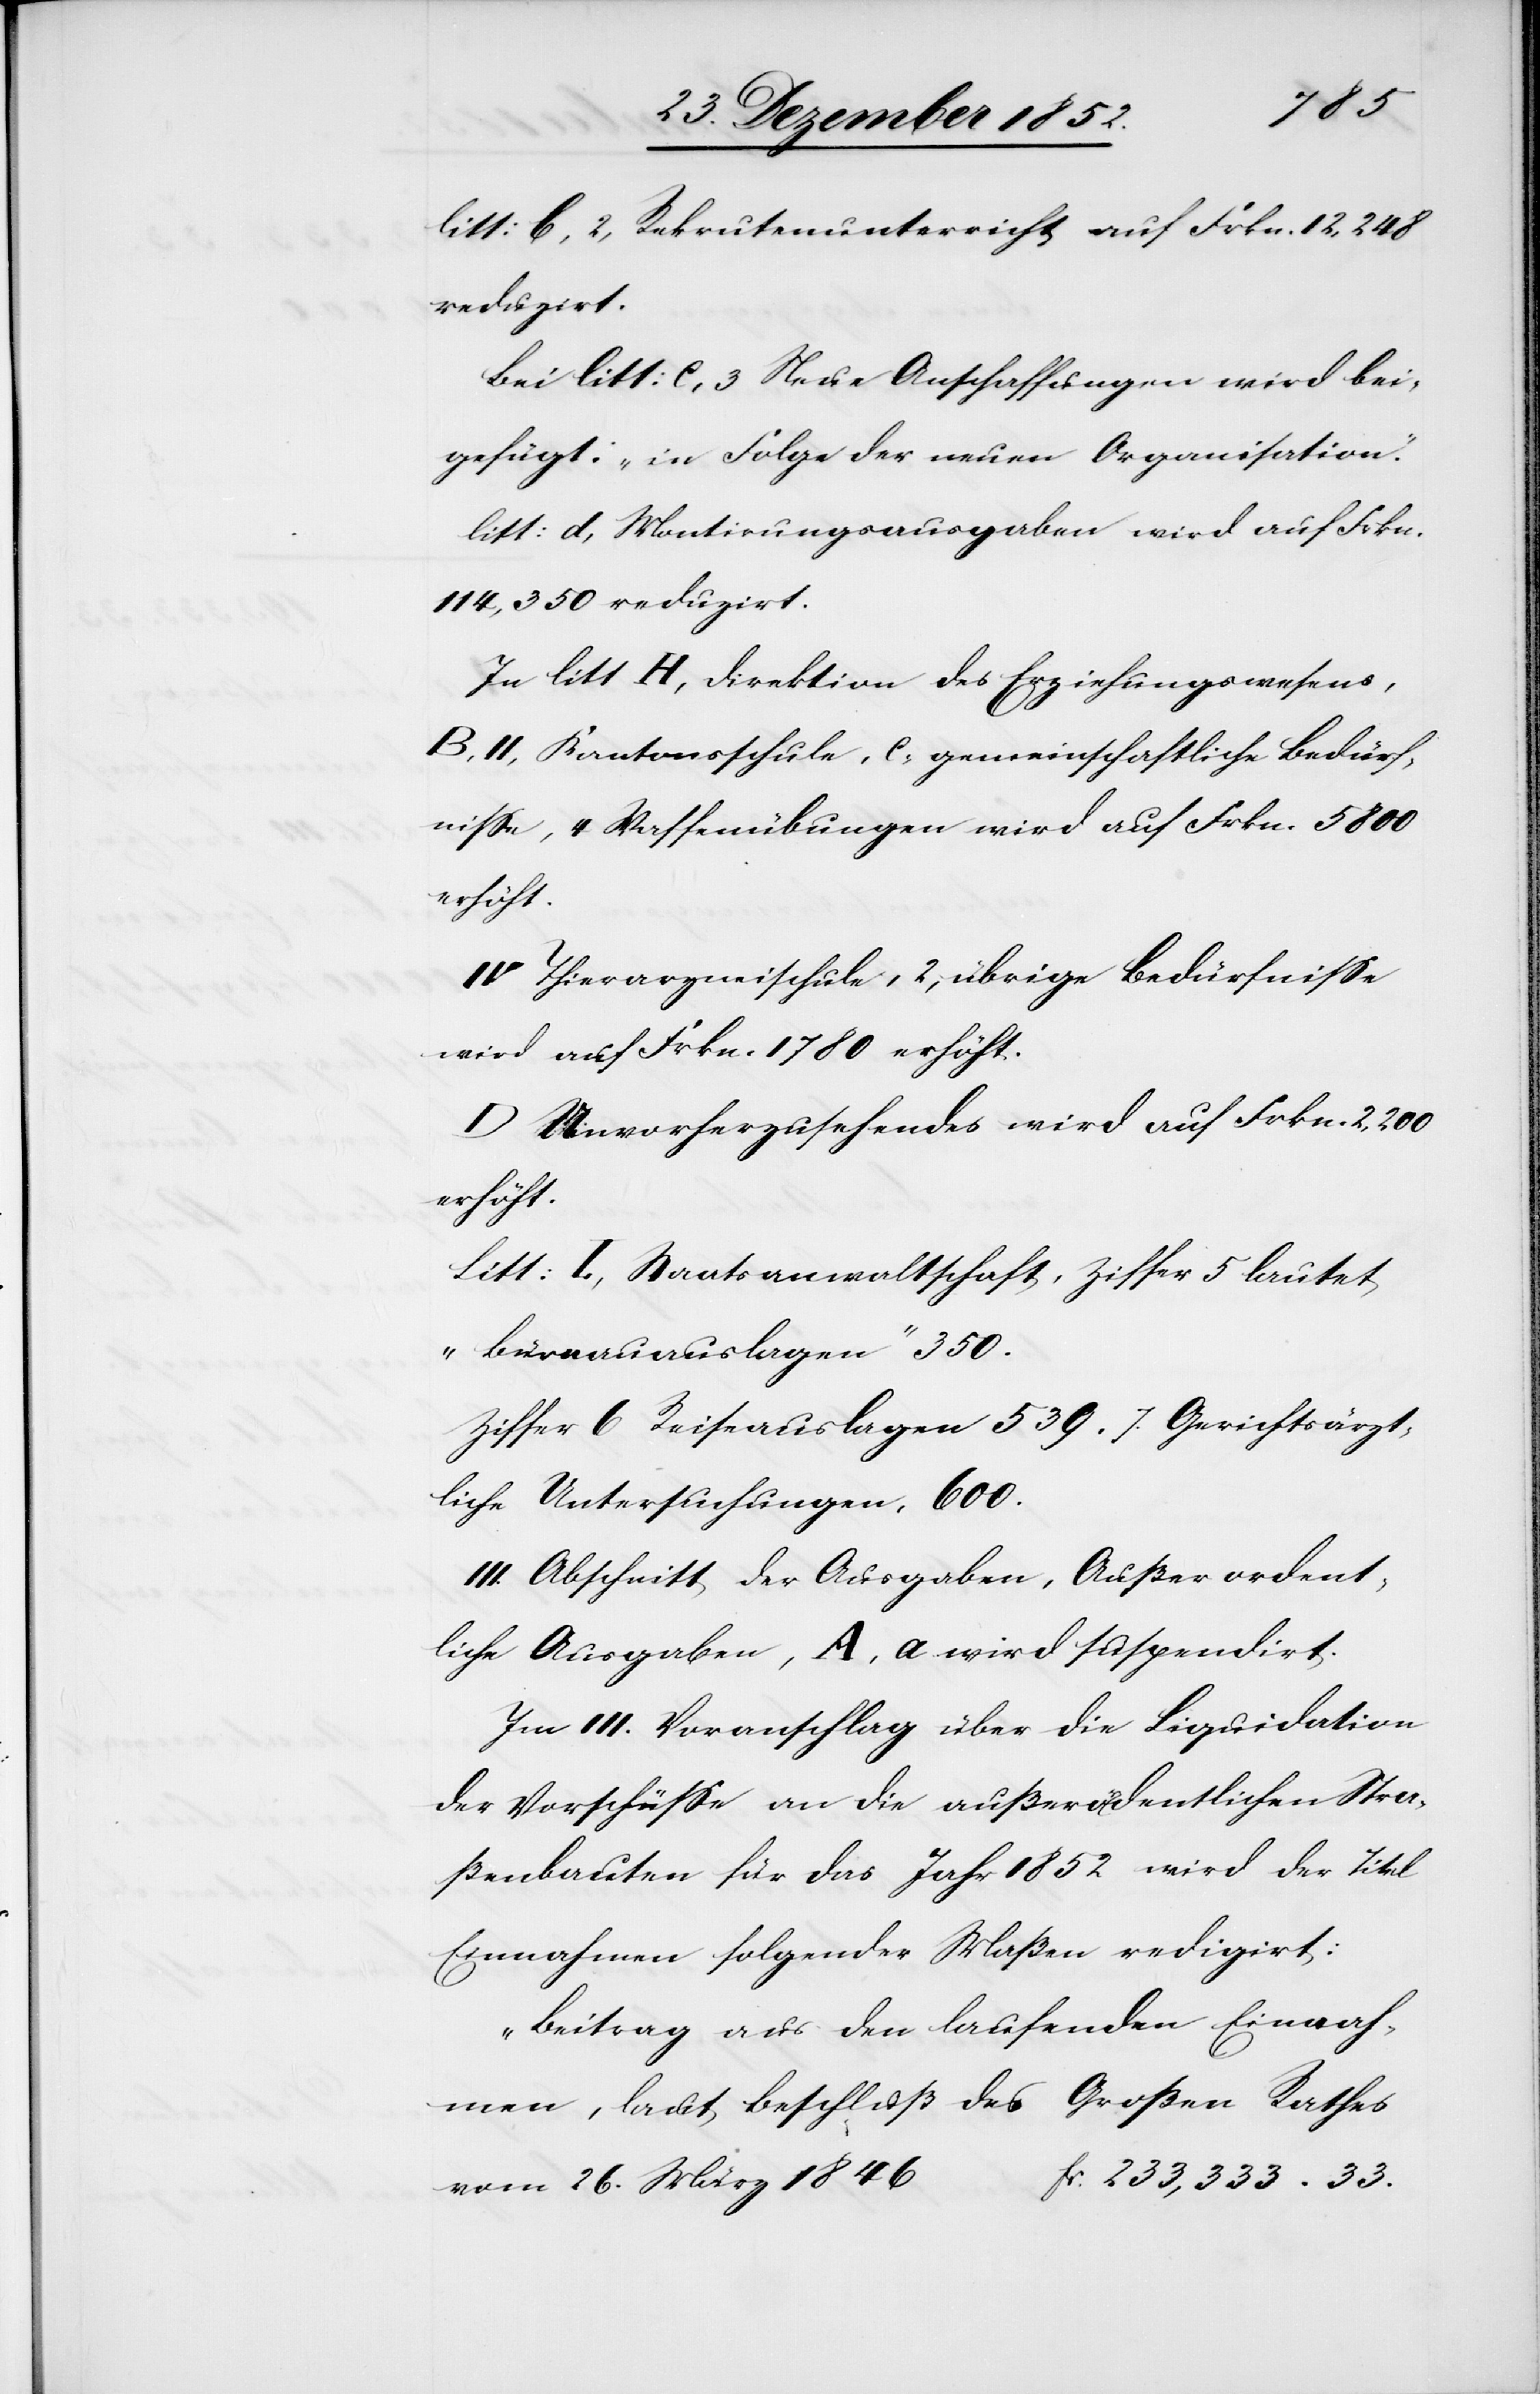
1846
litt: b, 2, Rekrutenunterricht auf Frkn. 12,248
reduzirt.
Bei litt: c, 3 Neue Anschaffungen wird bei¬
gefügt: „in Folge der neuen Organisation.“
litt: d, Montirungsausgaben wird auf Frkn.
114,350 reduzirt.
In litt H, Direktion des Erziehungswesens,
B, II, Kantonsschule, c, gemeinschaftliche Bedürf¬
nisse, 4 Waffenübungen wird auf Frkn. 5800
IV Thierarzneischule, 2, übrige Bedürfnisse
wird auf Frkn. 1780 erhöht.
D Unvorherzusehendes wird auf Frkn. 2,200
erhöht.
Litt: I, Staatsanwaltschaft, Ziffer 5 lautet
„Büreauauslagen“ 350.
Ziffer 6 Reiseauslagen 539. 7. Gerichtsärzt¬
liche Untersuchungen, 600.
III. Abschnitt der Ausgaben, Außerordent¬
liche Ausgaben, A, a wird suspendirt.
Im III. Voranschlag über die Liquidation
der Vorschüsse an die außerordentlichen Stra¬
ßenbauten für das Jahr 1852 wird der Titel
Einnahmen folgender Maßen redigirt:
„Beitrag aus den laufenden Einnah¬
men, laut Beschluß des Großen Rathes
fr. 233,333. 33.